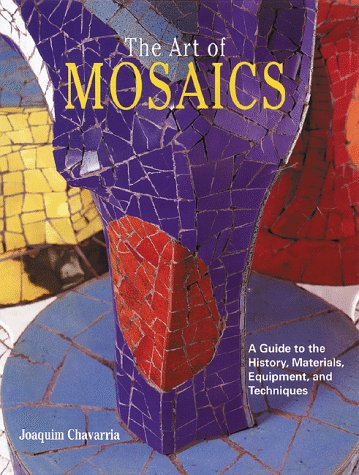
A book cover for The Art of Mosaics: A Guide to the History, Materials, Equipment and Techniques; Joaquim Chavarria; Arts & Photography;